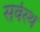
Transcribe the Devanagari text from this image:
सर्वस्थ